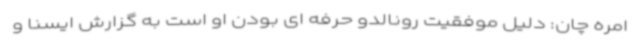
امره چان: دلیل موفقیت رونالدو حرفه ای بودن او است به گزارش ایسنا و